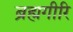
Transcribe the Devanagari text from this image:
ब्रह्मगीरि